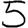
Digit: 5